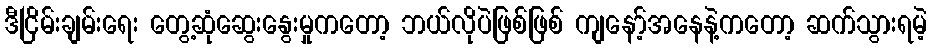
ဒီငြိမ်းချမ်းရေး တွေ့ဆုံဆွေးနွေးမှုကတော့ ဘယ်လိုပဲဖြစ်ဖြစ် ကျနော့်အနေနဲ့ကတော့ ဆက်သွားရမဲ့